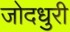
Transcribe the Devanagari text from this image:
जोदधुरी